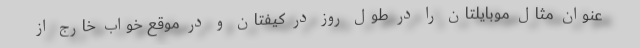
عنوان مثال موبایلتان را در طول روز در کیفتان و در موقع خواب خارج از